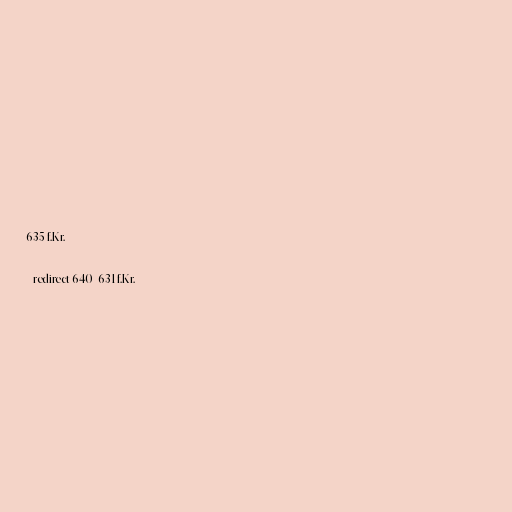
635 f.Kr.

#redirect 640–631 f.Kr.